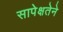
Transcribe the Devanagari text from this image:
सापेक्षतेने